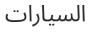
السيارات